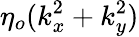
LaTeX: \eta_{o}(k_{x}^{2}+k_{y}^{2})